Plague in India, 1896, 1897 - Volume 1
Year: 1896
Disease focus: Plague
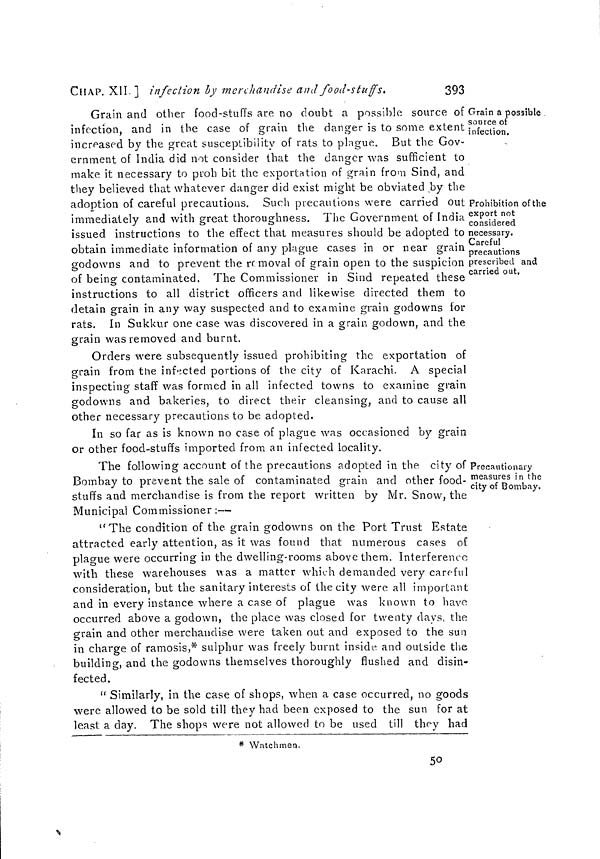
CHAP. XII. ] infection by merchandise and food-stuffs.
393
Grain a possible
source of
infection,
Grain and other food-stuffs are no doubt a possible source of
infection, and in the case of grain the danger is to some extent
increased by the great susceptibility of rats to plague. But the Gov-
ernment of India did not consider that the danger was sufficient to
make it necessary to proh bit the exportation of grain from Sind, and
they believed that whatever danger did exist might be obviated by the
Prohibition of the
export not
considered
necessary.
Careful
precautions
prescribed and
carried out.
adoption of careful precautions. Such precautions were earned out
immediately and with great thoroughness. The Government of India
issued instructions to the effect that measures should be adopted to
obtain immediate information of any plague cases in or near grain
godowns and to prevent the removal of grain open to the suspicion
of being contaminated. The Commissioner in Sind repeated these
instructions to all district officers and likewise directed them to
detain grain in any way suspected and to examine grain godowns for
rats. In Sukkur one case was discovered in a grain godown, and the
grain was removed and burnt.
Orders were subsequently issued prohibiting the exportation of
grain from the infected portions of the city of Karachi. A special
inspecting staff was formed in all infected towns to examine grain
godowns and bakeries, to direct their cleansing, and to cause all
other necessary precautions to be adopted.
In so far as is known no case of plague was occasioned by grain
or other food-stuffs imported from an infected locality.
Precautionary
measures in the
city of Bombay,
The following account of the precautions adopted in the city of
Bombay to prevent the sale of contaminated grain and other food-
stuffs and merchandise is from the report written by Mr. Snow, the
Municipal Commissioner:—
"The condition of the grain godowns on the Port Trust Estate
attracted early attention, as it was found that numerous cases of
plague were occurring in the dwelling-rooms above them. Interference
with these warehouses was a matter which demanded very careful
consideration, but the sanitary interests of the city were all important
and in every instance where a case of plague was known to have
occurred above a godown, the place was closed for twenty days, the
grain and other merchandise were taken out and exposed to the sun
in charge of ramosis,* sulphur was freely burnt inside and outside the
building, and the godowns themselves thoroughly flushed and disin-
fected.
" Similarly, in the case of shops, when a case occurred, no goods
were allowed to be sold till they had been exposed to the sun for at
least a day. The shops were not allowed to be used till they had
* Watchmen.
50